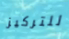
للتركيز